Lunatic asylums Madras 1892-1911 - 1892-1911
Year: 1892
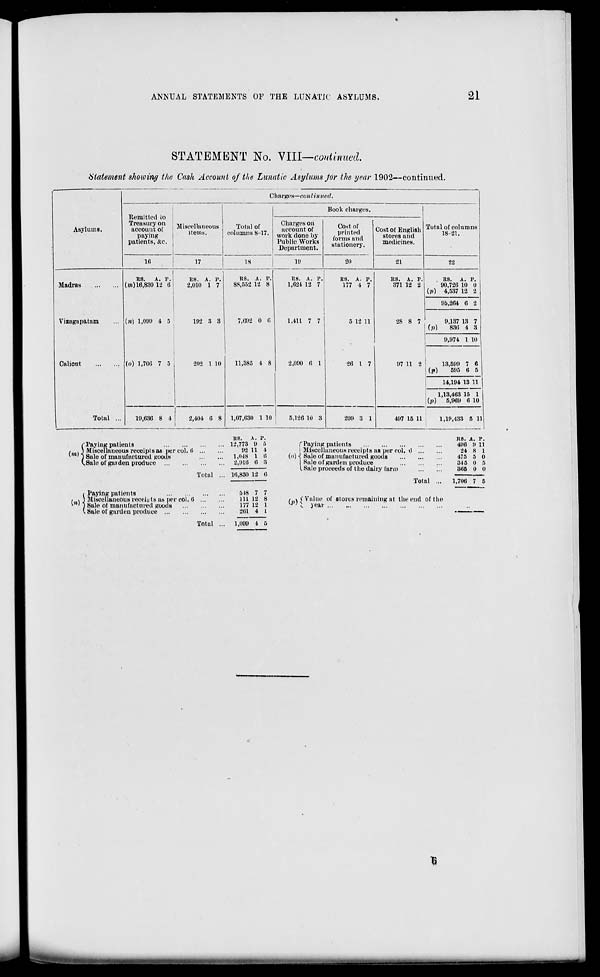
ANNUAL STATEMENTS OP THE LUNATIC ASYLUMS.
21
STATEMENT No. VIII—continued.
Statement showing the Cash Account of the Lunatic Asylums Jor the year 1902—continued.
Asylums.
Charges—continued.
Remitted to
'SSSHff ■ Miscellaneous
account of
, t
paying
patients, &c.
10
17
Hook charges.
Total of
columns 8-17.
Charges on
account of
work done by
Public Works
Department.
18
1!)
Cost of
printed
forms and
stationery.
20
Cost of English
stores and
medicines.
•21
Total of columns
18-21.
22
Madras
Vizagapatam
Calicut
RS.
A. p.
(m) 16,830 12 (i
(Mi 1,090 4 5
(o) 1,700 7 5
RS. A. P.
2,010 1 7
192 3 3
Total
202 1 10
19,636 8 4 !
2,404 6 8
("Paying patients
/ . ) Miscellaneous receipls as per col. (!
1 ') Sale of manufactured goods
V.Sale of garden produce
Total
i Paying patients
» \ 3 Miscellaneous receipts as per col. 8
'*' I Sale of manufactured goods
(. Sale of garden produce
Total
RS. A. P,
88,652 12 8
7,092 0 6
11,385 4 8
1,07,030 1 10
RS. A. P.
12,773 9 5
92 11 4
1,018 1 6
2,910 6 8
10,830 12 (i
518 7 7
111 12 8
177 12 1
261 4 l
1,099 4 5
US. A. P.
1,624 12 7
1,411 7 7
2,090 6 1
RS. A. P.
177 4 7
5 12 11
RS. A. P.
371 12 2
28 8 7
RS. A. P.
90,726 10 0
(/>) 4,537 12 2
5,126 10 3
26 1 7
209 3 1
96,264 (! 2
(p)
9,137 13
830 4
7
3
9,974 1 Ll)
97 11 2
(p)
13,599 7 6
595 6 5
14,194 13 11
l»
L.13,463 15 1
5,969 6 10
497 15 11
1,19,433 5 11
f Paying patients
! Miscellaneous receipls as per col. 6
{<>) ■{ Sale of manufactured goods
I Sale of garden produce
(.Sale proceeds of the dairy farm
/ v c Value of stores remaining
w ; I year
Total
at the end of the
RS. A. P.
496 9 11
24 8 1
475 5 0
345 0 8
366 0 0
1,706 7 5
i i» ■ —